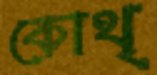
কোথ্